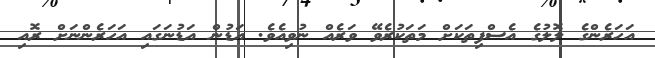
އަހަރެންގެ ލޮލުގެ އެސްފިތަކަށް މަތަކުރެވޭ ވަރެއް ނުވިއެވެ. އަޑުން އަޑުނަގައި އަހަރެންނަށް ރޮއި